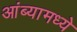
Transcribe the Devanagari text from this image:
आंब्यामध्ये